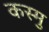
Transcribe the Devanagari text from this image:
कस्मु